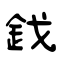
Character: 鈛